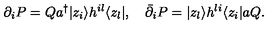
\partial _ { i } P = Q a ^ { \dagger } | z _ { i } \rangle h ^ { i l } \langle z _ { l } | , \quad \bar { \partial } _ { i } P = | z _ { l } \rangle h ^ { l i } \langle z _ { i } | a Q .